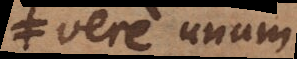
vere unum